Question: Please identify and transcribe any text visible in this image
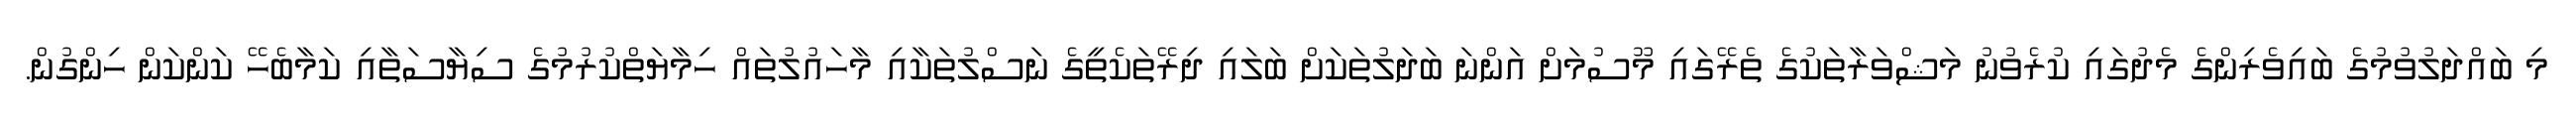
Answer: މި ބައްދަލުވުމުގެ ބައިވެރިންގެ މެދުގައި ކުރެވުނު މަޝްވަރާތަކުގެ ތެރޭގައި މޫސުމަށް އަންނަ ބަދަލުތަކަށް ބަލައި ދިރޭތަކެތީގެ ނަސްލުތަކާއި މާހައުލުތައް ހިމާޔަތްކުރުމުގެ ސިޔާސަތާއި ކަމާބެހޭ ކަންކަން ހިންގުން.